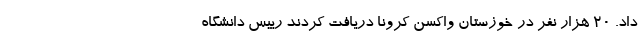
داد. ۲۰ هزار نفر در خوزستان واکسن کرونا دریافت کردند رییس دانشگاه